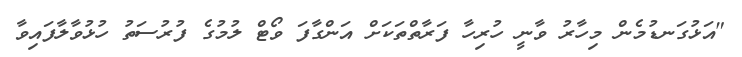
"އަޅުގަނޑުމެން މިހާރު ވާނީ ހުރިހާ ފަރާތްތަކަށް އަންގާފަ ވޯޓް ލުމުގެ ފުރުސަތު ހުޅުވާލާފައިވާ